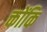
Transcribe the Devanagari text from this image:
क्तोंकि